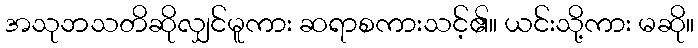
အသုဘသတိဆိုလျှင်မူကား ဆရာစကားသင့်၏။ ယင်းသို့ကား မဆို။